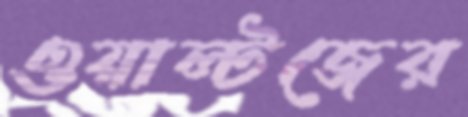
ওয়াল্টজের